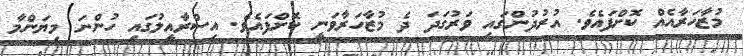
މުޒާހަރާއެއް ކޮށްފައެވެ. އުރުދުންގައި ވަރުގަދަ ދެ މުޒާހަރާވަނީ ކޮށްފައެވެ. އިސްރާއީލުގައި ހުންނަ މިޔަންމާ